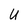
Character: U